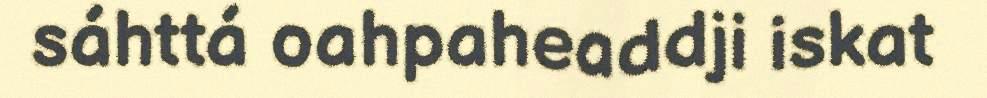
sáhttá oahpaheaddji iskat